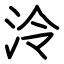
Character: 泠